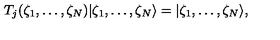
T _ { j } ( \zeta _ { 1 } , \ldots , \zeta _ { N } ) | \zeta _ { 1 } , \ldots , \zeta _ { N } \rangle = | \zeta _ { 1 } , \ldots , \zeta _ { N } \rangle ,